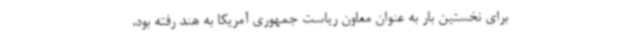
برای نخستین بار به عنوان معاون ریاست جمهوری آمریکا به هند رفته بود،